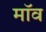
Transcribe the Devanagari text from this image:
मॉव